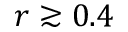
r \gtrsim 0 . 4